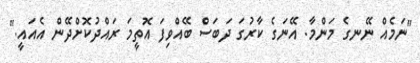
"ނަމެއް ނޭނގެ މަންމާ. އޭނަގެ ކާރުގަ ދަބަސް ބޭއްވިފަ އޮތީމަ ރައްދުކޮށްދޭން އެއައީ."